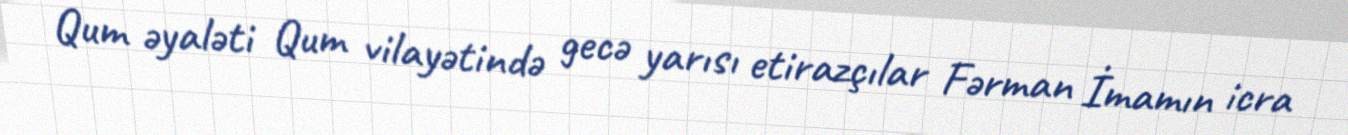
Qum əyaləti Qum vilayətində gecə yarısı etirazçılar Fərman İmamın icra